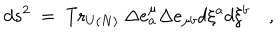
d s ^ { 2 } ~ = ~ \mathrm { T r } _ { U ( N ) } ~ \Delta e _ { a } ^ { \mu } \Delta e _ { \mu b } d \xi ^ { a } d \xi ^ { b } \quad ,